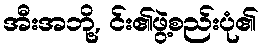
အီးအဘို့, င်း၏ဖွဲ့စည်းပုံ၏